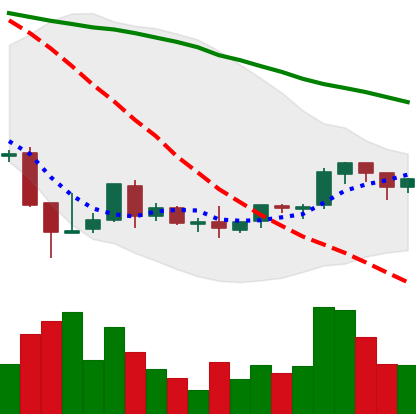
Ticker: BNB-USD
Chart end date: 2018-08-31
Forward return: -8.418%
Label: down_7plus